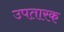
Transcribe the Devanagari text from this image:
उपतारक